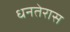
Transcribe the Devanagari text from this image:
धनतेरास